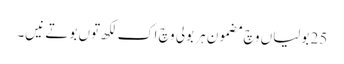
25 بولیاں وچ مضمون ہر بولی وچ اک لکھ توں بوتے نیں۔